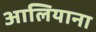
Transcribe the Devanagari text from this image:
आलियाना